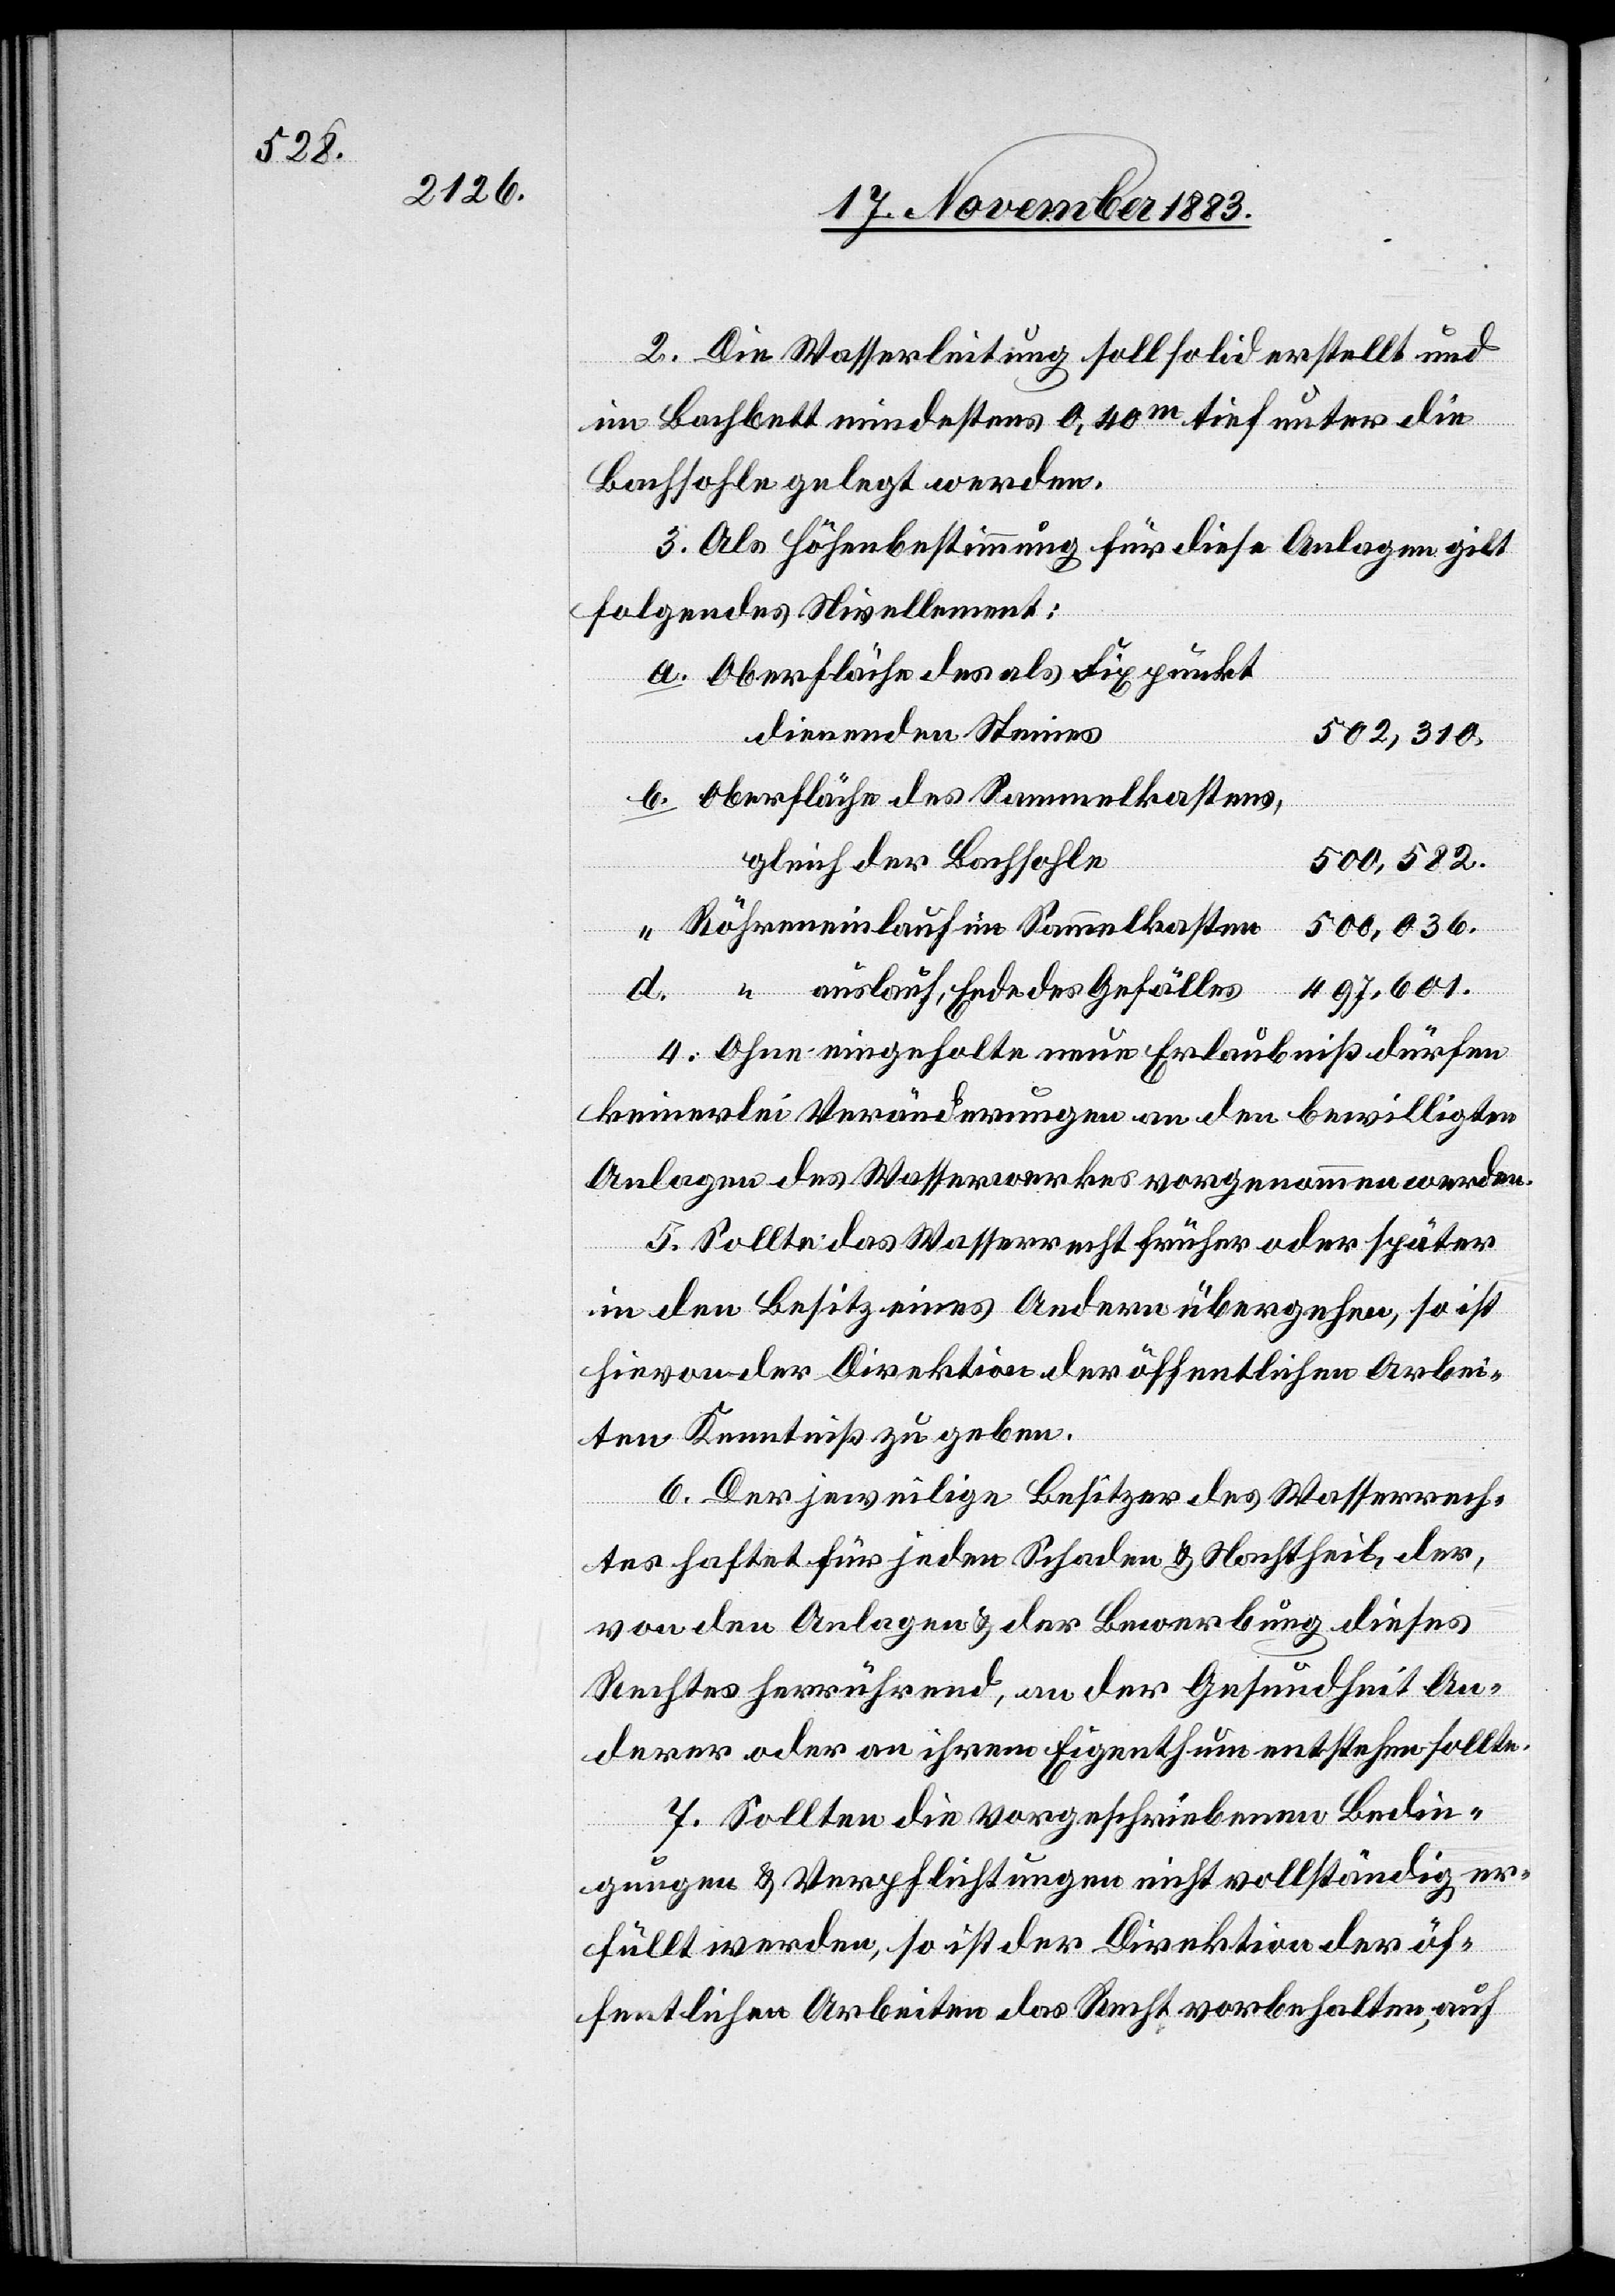
2. Die Wasserleitung soll solid erstell und
im Bachbett mindestens 0,40m tief unter die
Bachsohle gelegt werden.
3. Als Höhenbestimmung für diese Anlagen gilt
folgendes Nivellement:
Oberfläche des als Fixpunkt
dienenden Steines
dieses
502,310.
Oberfläche des Sammelkastens,
gleich der Bachsohle
500,582.
“
Röhreneinlauf im Sammelkasten
500,036.
497,601.
“ auslauf, Ende des Gefälles
Ohne eingeholte neue Erlaubniß dürfen
keinerlei Veränderungen an den bewilligten
Anlagen des Wasserwerkes vorgenommen werden.
5. Sollte das Wasserrecht früher oder später
in den Besitz eines Andern übergehen, so ist
hievon der Direktion der öffentlichen Arbei¬
ten Kenntniß zu geben.
6. Der jeweilige Besitzer des Wasserrech¬
tes haftet für jeden Schaden &, der, von den
d.
Rechtes herrührend, an der Gesundheit An¬
derer oder an ihrem Eingenthum entstehen sollte.
7. Sollten die vorgeschriebenen Bedin¬
gungen & Verpflichtungen nicht vollständig er¬
füllt werden, so ist der Direktion der öf¬
fentlichen Arbeiten das Recht vorbehalten, auf